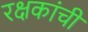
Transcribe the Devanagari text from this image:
रक्षकांची